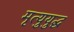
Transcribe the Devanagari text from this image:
मृत्युयुद्ध